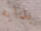
بدايه